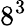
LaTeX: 8^{3}